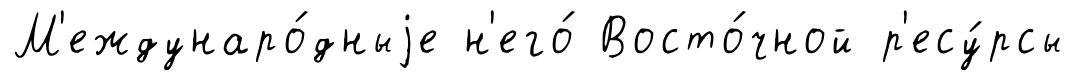
М'еждунаро́дныjе н'его́ Восто́чной р'есу́рсы